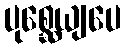
ပုစ္ဆေယျပေ